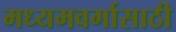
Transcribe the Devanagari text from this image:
मध्यमवर्गासाठी